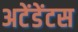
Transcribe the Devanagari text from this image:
अटेंडेंटस